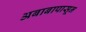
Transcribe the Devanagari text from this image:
अबाबापासून